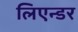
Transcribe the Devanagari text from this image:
लिएन्डर